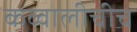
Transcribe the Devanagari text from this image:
कव्वालीचीच